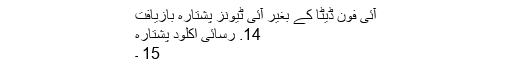
آئی فون ڈیٹا کے بغیر آئی ٹیونز پشتارہ بازیافت
14. رسائی اکلود پشتارہ
15 ۔